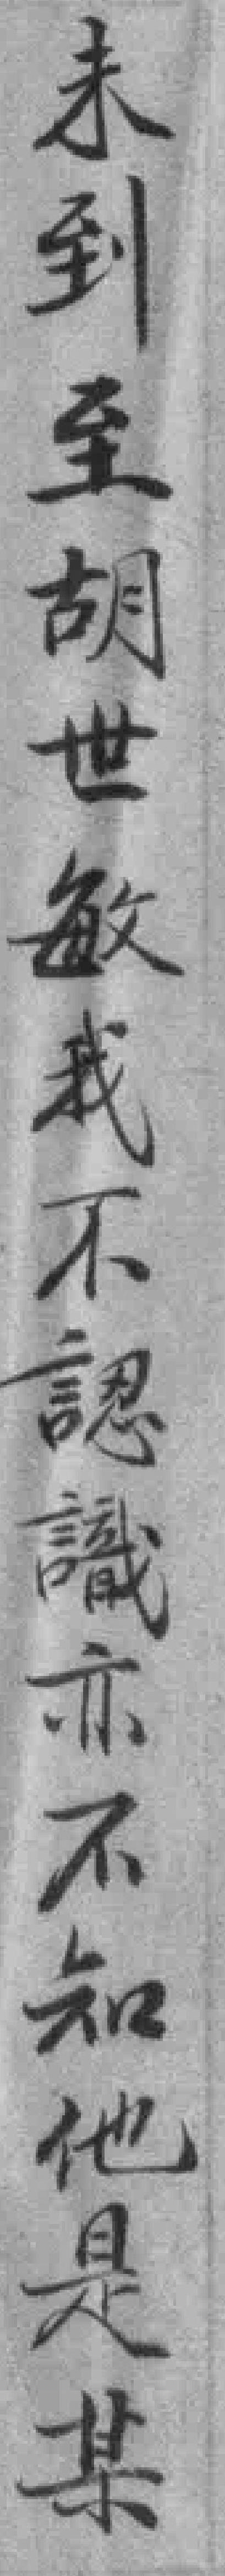
未到至胡世敏我不認識亦不知他是某